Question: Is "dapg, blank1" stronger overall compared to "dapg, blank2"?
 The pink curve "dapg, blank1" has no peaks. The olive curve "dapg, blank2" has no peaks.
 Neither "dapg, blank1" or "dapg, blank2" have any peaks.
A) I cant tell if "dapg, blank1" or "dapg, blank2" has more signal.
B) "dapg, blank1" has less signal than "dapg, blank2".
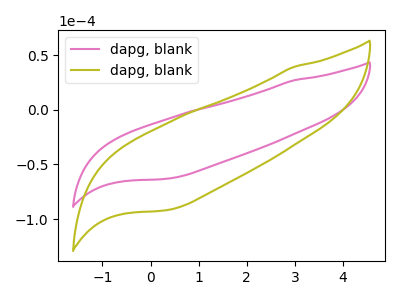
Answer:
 <answer>A) I cant tell if "dapg, blank1" or "dapg, blank2" has more signal.</answer>
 <eval>A</eval>